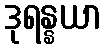
ဒုရန္နယာ